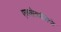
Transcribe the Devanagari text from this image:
एक्ज़ोकार्डियो